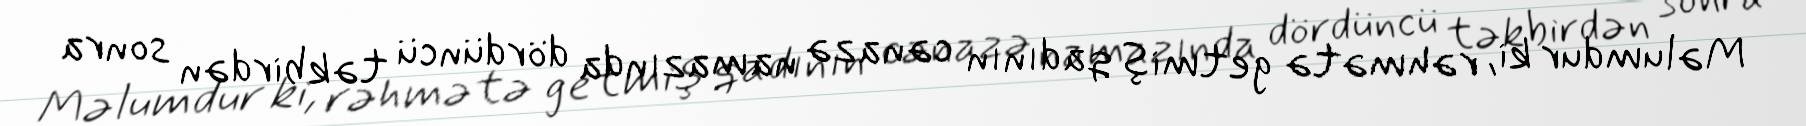
Məlumdur ki, rəhmətə getmiş qadının cənazə namazında dördüncü təkbirdən sonra